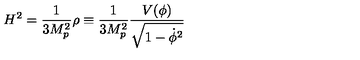
H ^ { 2 } = { \frac { 1 } { 3 M _ { p } ^ { 2 } } } \rho \equiv { \frac { 1 } { 3 M _ { p } ^ { 2 } } } { \frac { V ( \phi ) } { \sqrt { 1 - \dot { \phi } ^ { 2 } } } }